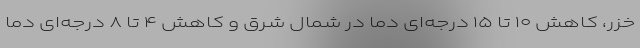
خزر، کاهش ۱۰ تا ۱۵ درجه‌ای دما در شمال شرق و کاهش ۴ تا ۸ درجه‌ای دما